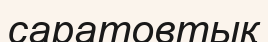
саратовтық